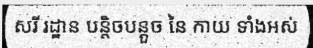
សរី រដ្ឋាន បន្តិចបន្តួច នៃ កាយ ទាំងអស់